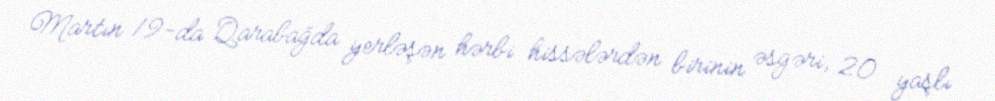
Martın 19-da Qarabağda yerləşən hərbi hissələrdən birinin əsgəri, 20 yaşlı